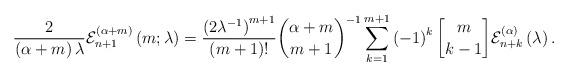
LaTeX: \begin{align*}\frac{2}{\left( \alpha+m\right) \lambda}\mathcal{E}_{n+1}^{\left(\alpha+m\right) }\left( m;\lambda\right) =\frac{\left( 2\lambda^{-1}\right) ^{m+1}}{\left( m+1\right) !}\binom{\alpha+m}{m+1}^{-1}\sum_{k=1}^{m+1}\left( -1\right) ^{k}\genfrac{[}{]}{0pt}{}{m}{k-1}\mathcal{E}_{n+k}^{\left( \alpha\right) }\left( \lambda\right) .\end{align*}